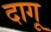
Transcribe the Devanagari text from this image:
दागू